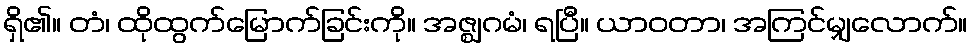
ရှိ၏။ တံ၊ ထိုထွက်မြောက်ခြင်းကို။ အဇ္ဈဂမံ၊ ရပြီ။ ယာဝတာ၊ အကြင်မျှလောက်။